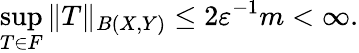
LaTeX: \sup_{T\in F}\| T\| _{B(X,Y)}\leq 2\varepsilon^{-1}m<\infty.